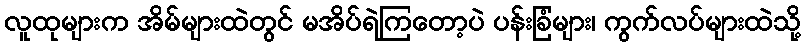
လူထုများက အိမ်များထဲတွင် မအိပ်ရဲကြတော့ပဲ ပန်းခြံများ၊ ကွက်လပ်များထဲသို့